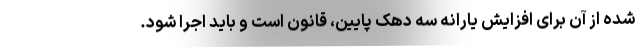
شده از آن برای افزایش یارانه سه دهک پایین، قانون است و باید اجرا شود.